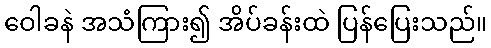
ဝေါခနဲ အသံကြား၍ အိပ်ခန်းထဲ ပြန်ပြေးသည်။